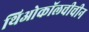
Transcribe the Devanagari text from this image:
थिओकॉलचीचीन